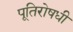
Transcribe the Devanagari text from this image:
पूतिरोषधी